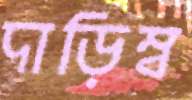
দাড়িম্ব